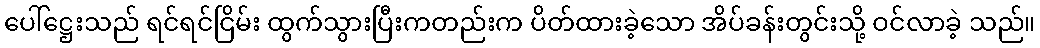
ပေါ်ဋ္ဌေးသည် ရင်ရင်ငြိမ်း ထွက်သွားပြီးကတည်းက ပိတ်ထားခဲ့သော အိပ်ခန်းတွင်းသို့ ဝင်လာခဲ့ သည်။